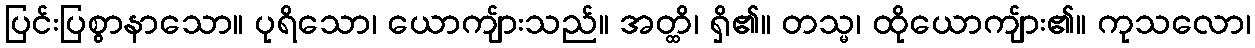
ပြင်းပြစွာနာသော။ ပုရိသော၊ ယောကျ်ားသည်။ အတ္ထိ၊ ရှိ၏။ တသ္မ၊ ထိုယောကျ်ား၏။ ကုသလော၊